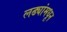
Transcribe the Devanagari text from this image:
लढ्यांमधून